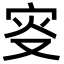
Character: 叜